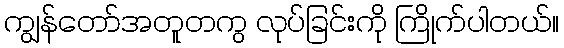
ကျွန်တော်အတူတကွ လုပ်ခြင်းကို ကြိုက်ပါတယ်။